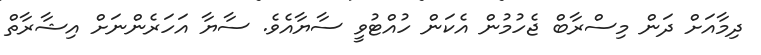
ދިމާއަށް ދަން މިސްރާބް ޖެހުމުން އެކަން ހުއްޓުވީ ސާޔާއެވެ. ސާޔާ އަހަރެންނަށް އިޝާރާތް